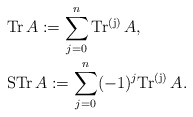
\begin{align*} &\mathrm{Tr\,}A:=\sum^n_{j=0}\mathrm{Tr^{(j)}\,}A, \\&\mathrm{STr\,}A:=\sum^n_{j=0}(-1)^j\mathrm{Tr^{(j)}\,}A.\end{align*}